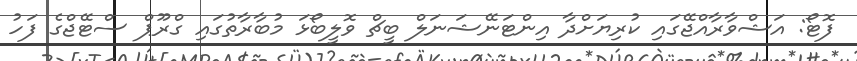
ފޮޓޯ: އަޝްވާރާއްޖޭގައި ކުރިޔަށްދާ އިންޓަނޭޝަނަލް ބީޗް ވޮލީބޯޅަ މުބާރާތުގައި ގްރޫޕް ސްޓޭޖްގެ ފަހު